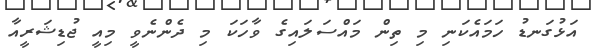
އަޅުގަނޑު ހަމައެކަނި މި ތިން މައްސަލައިގެ ވާހަކަ މި ދެންނެވީ މިއީ ޖުޑިޝަރީއާ